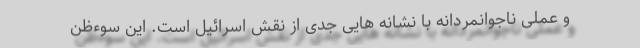
و عملی ناجوانمردانه با نشانه هایی جدی از نقش اسرائیل است. این سوءظن